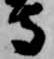
守